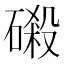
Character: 𰧖